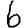
Digit: 6